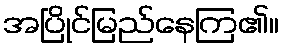
အပြိုင်မြည်နေကြ၏။